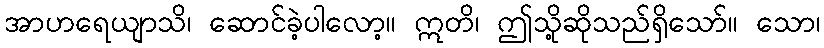
အာဟရေယျာသိ၊ ဆောင်ခဲ့ပါလော့။ ဣတိ၊ ဤသို့ဆိုသည်ရှိသော်။ သော၊